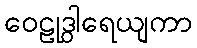
ဝေဠုဒွါရေယျကာ